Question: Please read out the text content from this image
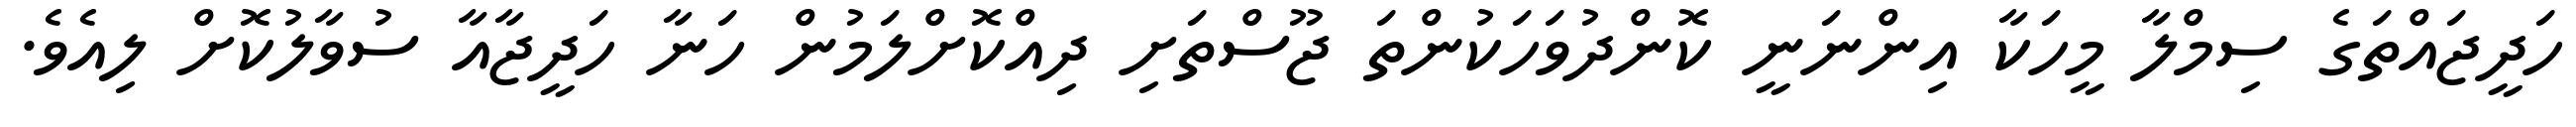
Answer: ހަދީޖައްތަގެ ސިމްލާ މީހަކާ އިންނަނީ ކޮންދުވަހަކުންތަ ޖޫސްތަށި ދިއްކޮށްލަމުން ހަނާ ހަދީޖާއާ ސުވާލުކޮށް ލިއެވެ.